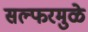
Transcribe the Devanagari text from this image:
सल्फरमुळे